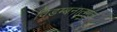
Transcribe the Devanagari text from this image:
विडम्बनात्मक